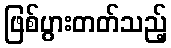
ဖြစ်ပွားတတ်သည့်